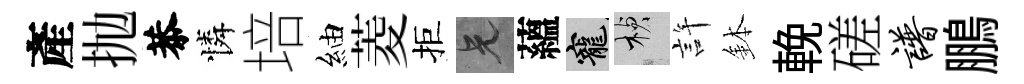
產抛恭憐培紬菱拒兄蘊寵楨許鉢輓磋谱鵬